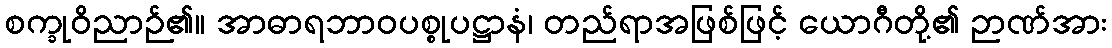
စက္ခုဝိညာဉ်၏။ အာဓာရဘာဝပစ္စုပဋ္ဌာနံ၊ တည်ရာအဖြစ်ဖြင့် ယောဂီတို့၏ ဉာဏ်အား